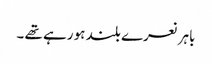
باہر نعرے بلند ہو رہے تھے ۔